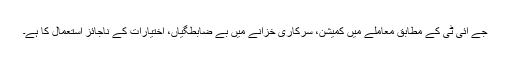
جے آئی ٹی کے مطابق معاملے میں کمیشن، سرکاری خزانے میں بے ضابطگیاں، اختیارات کے ناجائز استعمال کا ہے۔